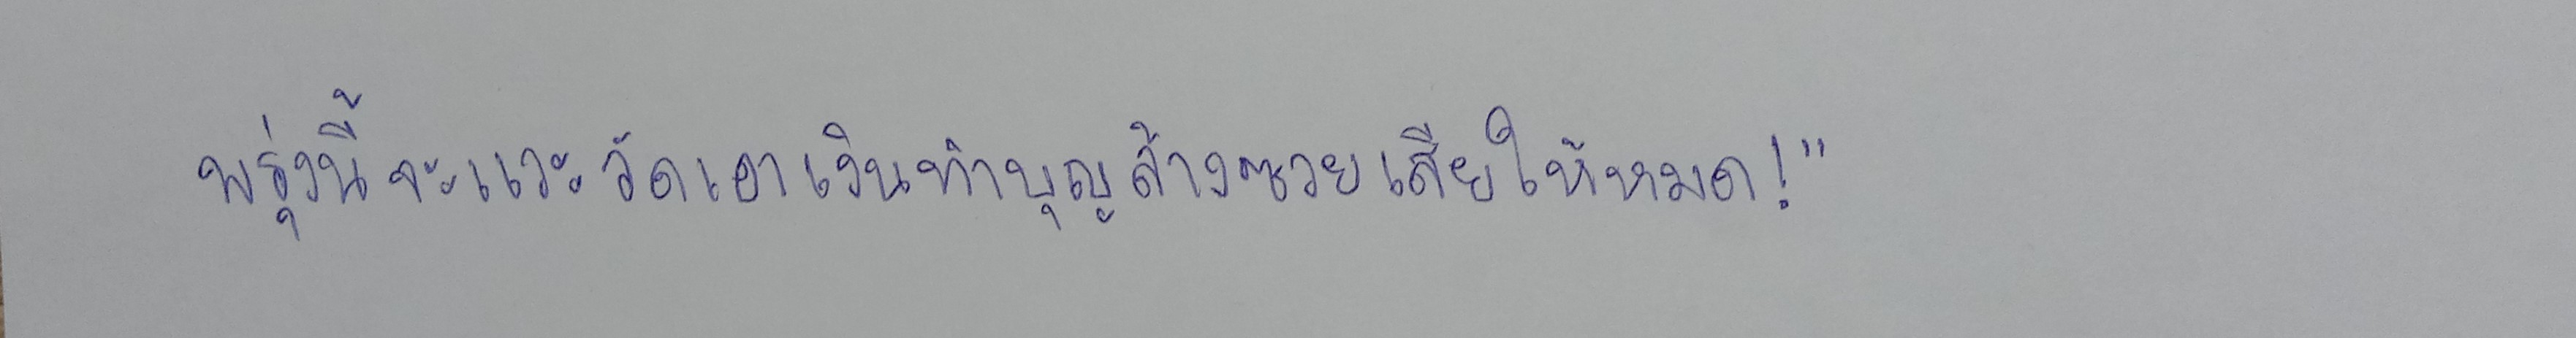
พรุ่งนี้จะแวะวัดเอาเงินทำบุญล้างซวยเสียให้หมด!"